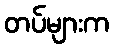
တပ်များက